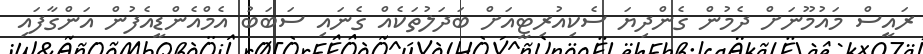
ރައީސް މައުމޫނަށް ދެމުން ގެންދިޔަ ސެކިއުރިޓީއަށް ބަދަލުތަކެއް ގެނައި ސަބަބު އެމްއެންޑީއެފުން އަންގާފައި